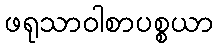
ဖရုသာဝါစာပစ္စယာ